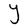
Character: Y